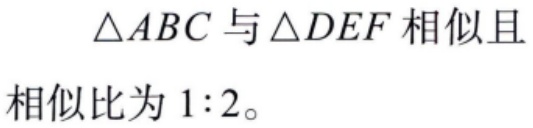
$\triangle ABC$与$\triangle DEF$相似且相似比为$1:2$。